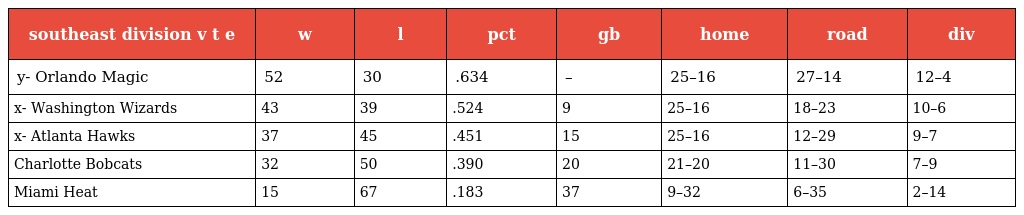
| southeast division v t e | w | l | pct | gb | home | road | div |
 | --- | --- | --- | --- | --- | --- | --- | --- |
 | y- Orlando Magic | 52 | 30 | .634 | – | 25–16 | 27–14 | 12–4 |
 | x- Washington Wizards | 43 | 39 | .524 | 9 | 25–16 | 18–23 | 10–6 |
 | x- Atlanta Hawks | 37 | 45 | .451 | 15 | 25–16 | 12–29 | 9–7 |
 | Charlotte Bobcats | 32 | 50 | .390 | 20 | 21–20 | 11–30 | 7–9 |
 | Miami Heat | 15 | 67 | .183 | 37 | 9–32 | 6–35 | 2–14 |